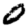
Digit: 0